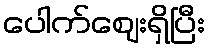
ပေါက်ဈေးရှိပြီး